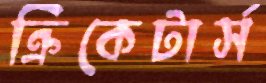
ক্রিকেটার্স